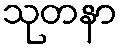
သုတနာ